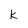
Character: K